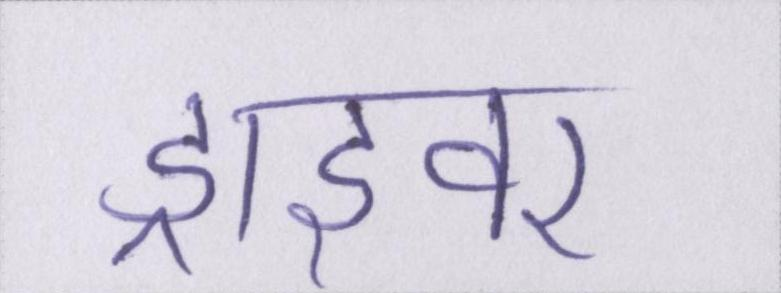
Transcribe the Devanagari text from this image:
ड्राइवर